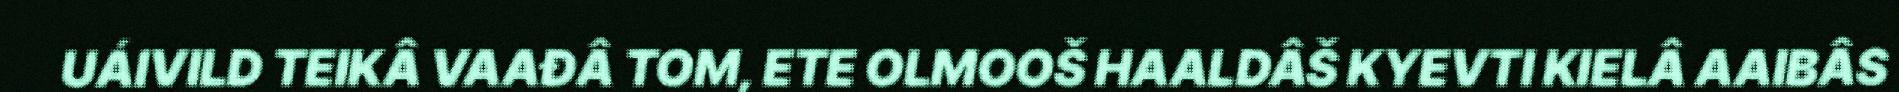
UÁIVILD TEIKÂ VAAĐÂ TOM, ETE OLMOOŠ HAALDÂŠ KYEVTI KIELÂ AAIBÂS